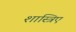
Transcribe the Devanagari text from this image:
शास्त्रिए